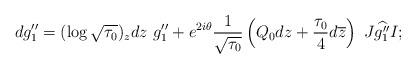
LaTeX: \begin{align*}dg_1''=(\log\sqrt{\tau_0})_zdz\ g''_1+e^{2i\theta}\frac{1}{\sqrt{\tau_0}}\left(Q_0dz+\frac{\tau_0}{4}d\overline{z}\right)\ J\widehat{g_1''}I;\end{align*}